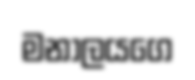
මනාලයගෙ